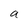
Character: a